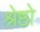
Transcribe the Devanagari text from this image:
श्रेष्ठो